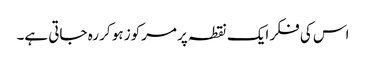
اس کی فکر ایک نقطہ پر مرکوز ہو کر رہ جاتی ہے۔